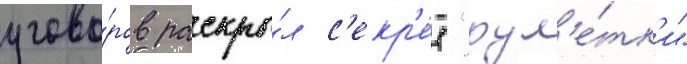
угово́ров раскры́л с'екр'е́т "рул'е́тк'и"